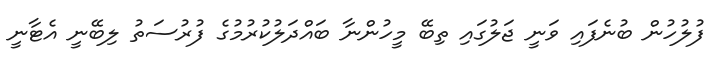
ފުލުހުން ބުނެފައި ވަނީ ޖަލުގައި ތިބޭ މީހުންނާ ބައްދަލުކުރުމުގެ ފުރުސަތު ލިބޭނީ އެޓާނީ